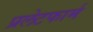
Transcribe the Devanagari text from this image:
प्रलेटफार्म